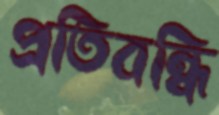
প্রতিবন্ধি